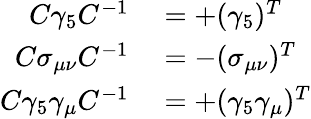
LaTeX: \begin{array}{rl}{C\gamma_{5}C^{-1}}&{{}=+(\gamma_{5})^{T}}\\ {C\sigma_{\mu\nu}C^{-1}}&{{}=-(\sigma_{\mu\nu})^{T}}\\ {C\gamma_{5}\gamma_{\mu}C^{-1}}&{{}=+(\gamma_{5}\gamma_{\mu})^{T}}\end{array}